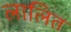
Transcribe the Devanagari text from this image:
लालित